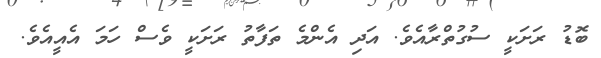
ބޮޑު ރަށަކީ ސުގުތްރާއެވެ. އަދި އެންމެ ތަފާތު ރަށަކީ ވެސް ހަމަ އެއީއެވެ.